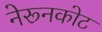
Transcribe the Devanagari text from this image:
नेरूनकोट